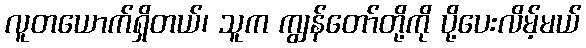
လူတယောက်ရှိတယ်၊ သူက ကျွန်တော်တို့ကို ပို့ပေးလိမ့်မယ်